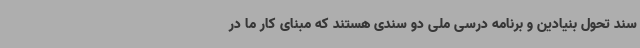
سند تحول بنیادین و برنامه درسی ملی دو سندی هستند که مبنای کار ما در